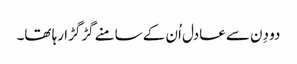
دو دِن سے عادل اُن کے سامنے گڑگڑا رہا تھا۔